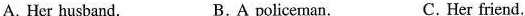
A.Her husband. B.A policeman. c.Her friend.